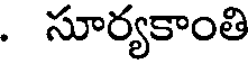
. సూర్యకాంతి